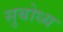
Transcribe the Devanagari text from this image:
सुबोध्य